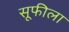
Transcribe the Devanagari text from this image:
सूफीला